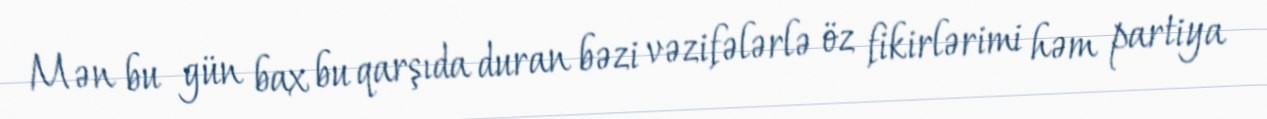
Mən bu gün bax bu qarşıda duran bəzi vəzifələrlə öz fikirlərimi həm partiya